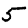
Digit: 5